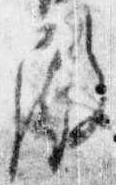
殿